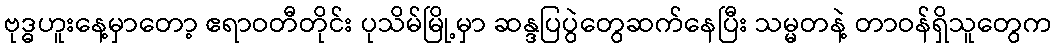
ဗုဒ္ဓဟူးနေ့မှာတော့ ဧရာဝတီတိုင်း ပုသိမ်မြို့မှာ ဆန္ဒပြပွဲတွေဆက်နေပြီး သမ္မတနဲ့ တာဝန်ရှိသူတွေက